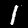
Label: 1